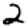
Digit: 2